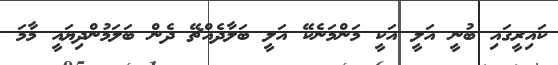
ކައިރީގައި ބުނީ އަލީ އަކީ މަންމަނެކޭ އަލީ ބަލާދެއްޗޭ ދެން ބަލަމުންދިޔައީ މާމަ